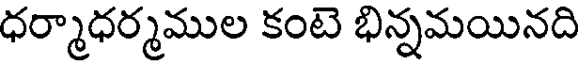
ధర్మాధర్మముల కంటె భిన్నమయినది